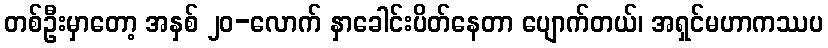
တစ်ဦးမှာတော့ အနှစ် ၂၀-လောက် နှာခေါင်းပိတ်နေတာ ပျောက်တယ်၊ အရှင်မဟာကဿပ